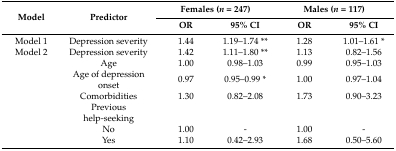
| <ROWSPAN=2> Model | <ROWSPAN=2> Predictor | <COLSPAN=2> Females (n = 247) | <COLSPAN=2> Males (n = 117) |
 | OR | 95% CI | OR | 95% CI |
 | --- | --- | --- | --- | --- | --- |
 | Model 1 | Depression severity | 1.44 | 1.19–1.74 ** | 1.28 | 1.01–1.61 * |
 | Model 2 | Depression severity | 1.42 | 1.11–1.80 ** | 1.13 | 0.82–1.56 |
 |  | Age | 1.00 | 0.98–1.03 | 0.99 | 0.95–1.03 |
 |  | Age of depression onset | 0.97 | 0.95–0.99 * | 1.00 | 0.97–1.04 |
 |  | Comorbidities | 1.30 | 0.82–2.08 | 1.73 | 0.90–3.23 |
 |  | Previous help-seeking |  |  |  |  |
 |  | No | 1.00 | - | 1.00 | - |
 |  | Yes | 1.10 | 0.42–2.93 | 1.68 | 0.50–5.60 |